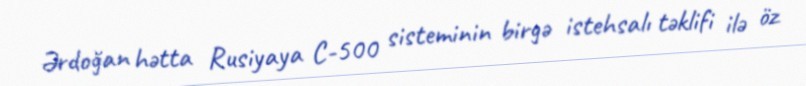
Ərdoğan hətta Rusiyaya C-500 sisteminin birgə istehsalı təklifi ilə öz